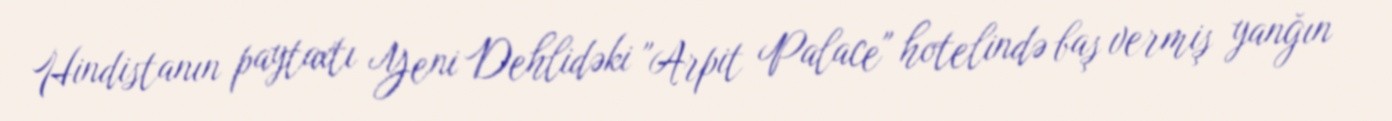
Hindistanın paytaxtı Yeni Dehlidəki "Arpit Palace" hotelində baş vermiş yanğın